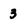
Character: 3